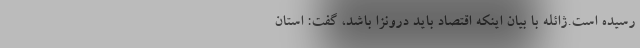
رسیده است.ژائله با بیان اینکه اقتصاد باید درونزا باشد، گفت: استان